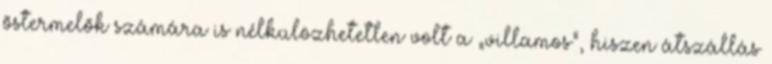
õstermelõk számára is nélkülözhetetlen volt a „villamos”, hiszen átszállás